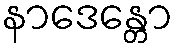
နာဒေန္တော